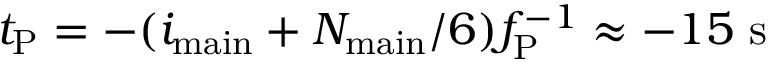
t _ { \mathrm { P } } = - ( i _ { \mathrm { m a i n } } + N _ { \mathrm { m a i n } } / 6 ) f _ { \mathrm { P } } ^ { - 1 } \approx - 1 5 ~ \mathrm { s }